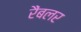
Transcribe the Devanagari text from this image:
रैंबलर